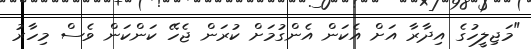
"މަޖިލީހުގެ އިދާރާ އަށް އެކަން އެންގުމަށް ކުރަން ޖެހޭ ކަންކަން ވެސް މިހާރު